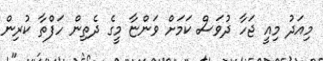
މިއަދު މިއީ ޖަހާ ދުވަސް ކަމަށް ވަންޏާ މީގެ ދެތިން ހަފްތާ ކުރިން